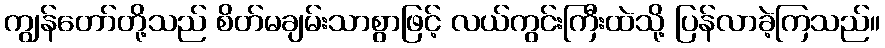
ကျွန်တော်တို့သည် စိတ်မချမ်းသာစွာဖြင့် လယ်ကွင်းကြီးထဲသို့ ပြန်လာခဲ့ကြသည်။